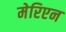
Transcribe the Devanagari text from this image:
मेरिएन